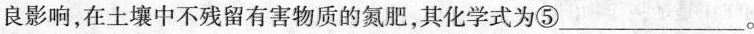
良影响，在土壤中不残留有害物质的氮肥，其化学式为⑤___。